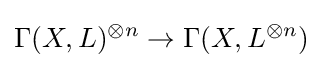
\Gamma (X,L)^{\otimes n}\to \Gamma (X,L^{\otimes n})